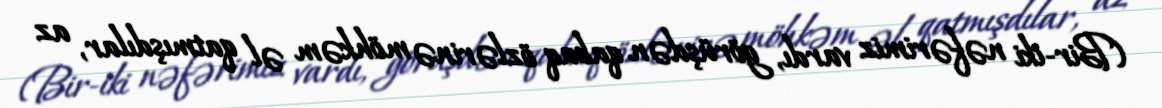
(Bir-iki nəfərimiz vardı, görüşdən qabaq özlərinə möhkəm əl qatmışdılar, az